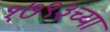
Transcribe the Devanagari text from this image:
१७९३च्या